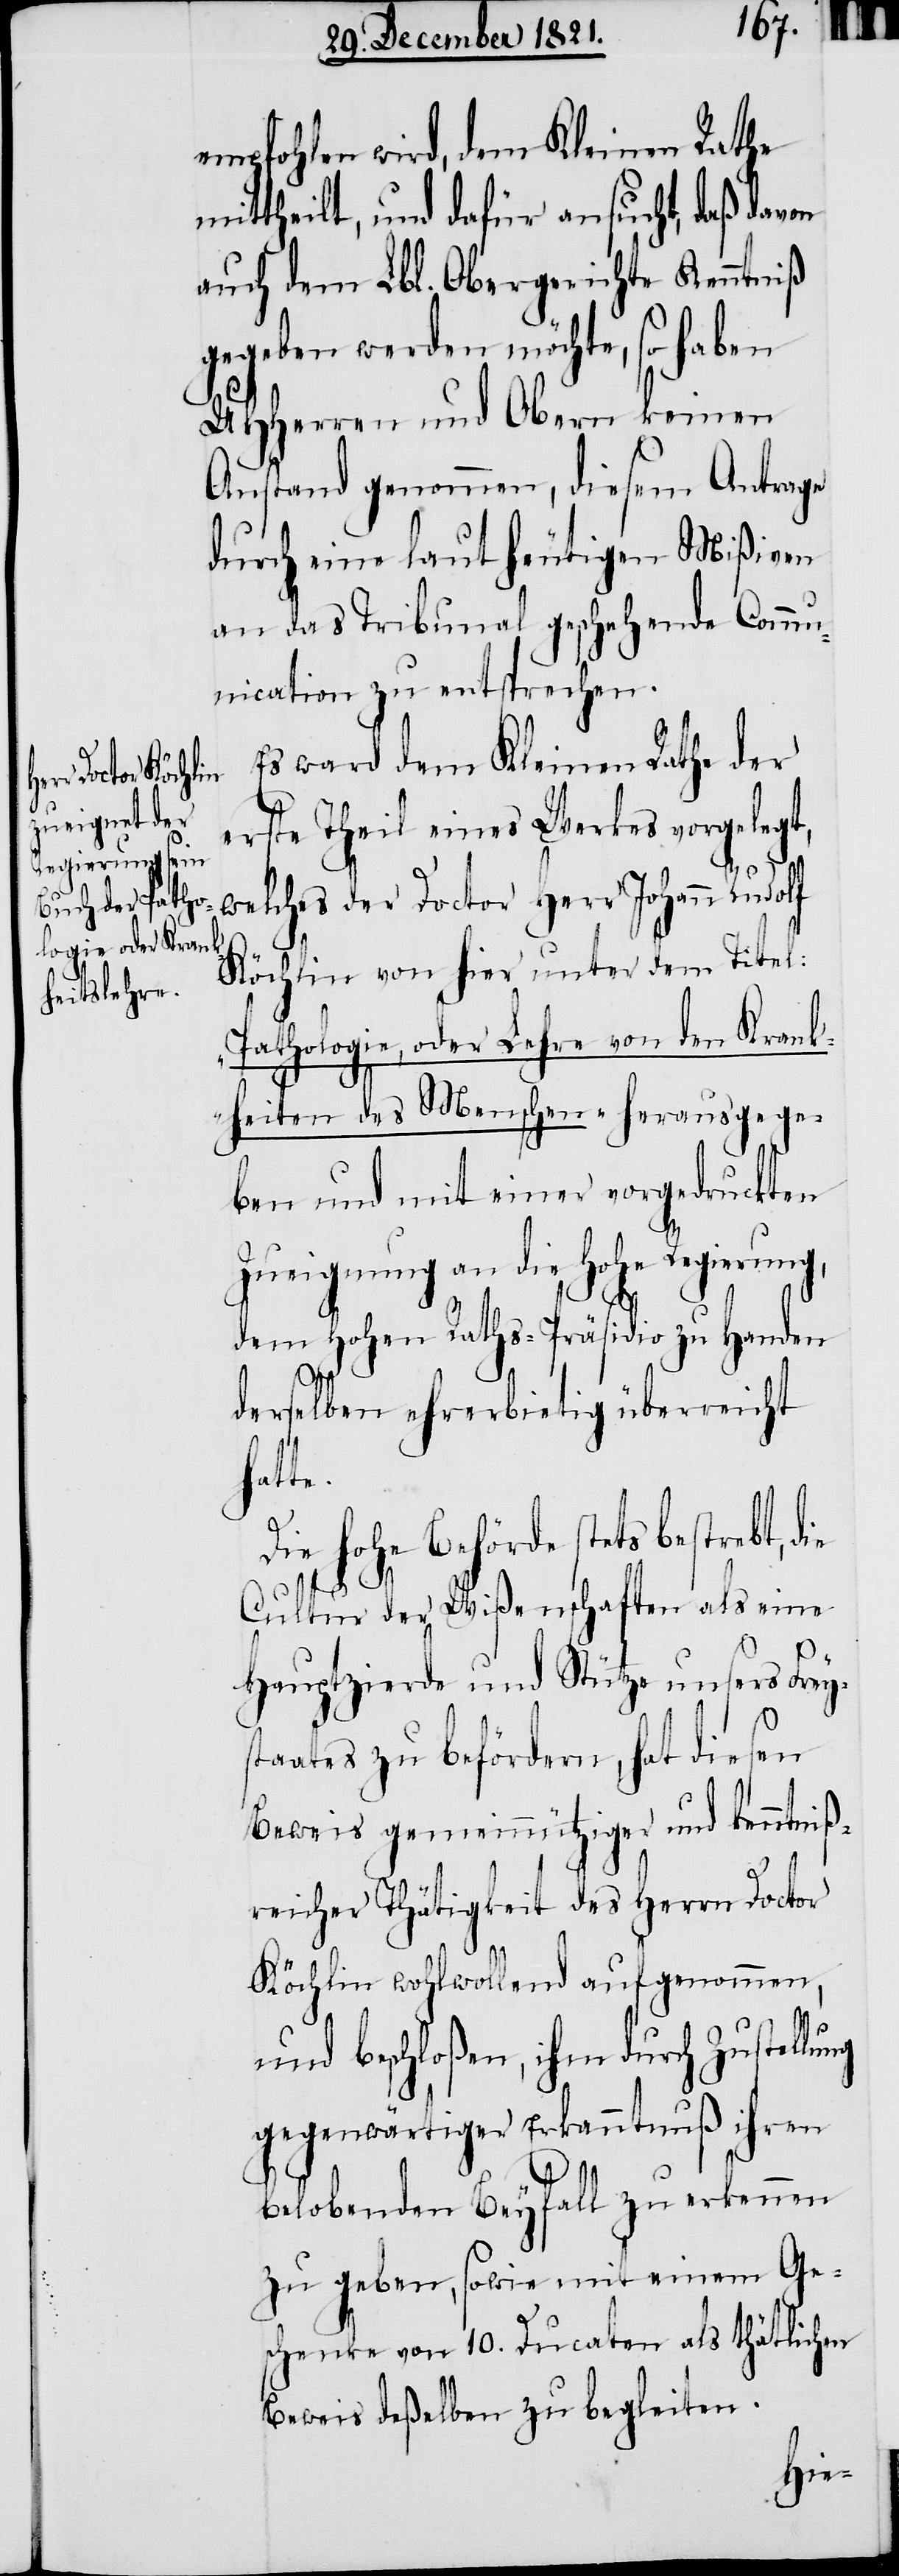
s¬

empfohlen wird, dem Kleinen Rathe
mittheilt, und dafür ansucht, daß davon
auch dem Lbl. Obergerichte Kenntniß
gegeben werden möchte, so haben
UHHerren und Obern keinen
Anstand genommen, diesem Antrage
durch eine laut heutigen Mißiven
an das Tribunal geschehende Comm¬
unication zu entsprechen.
Es ward dem Kleinen Rathe der
erste Theil eines Werkes vorgelegt,
welches der Doctor Herr Johann Rudolf
Köchlin von hier unter dem Titel:
„Pathologie, oder Lehre von den Krank¬
heiten des Menschen“ herausgege¬
ben und mit einer vorgedruckten
Zueignung an die Hohe Regierung,
dem Hohen Raths-Präsidio zu Handen
ng
derselben ehrerbietig überreicht
hatte.
Die hohe Behörde stets bestrebt,
Cultur der Wißenschaften als eine
Hauptzierde und Stütze unsers Frey¬
taates zu befördern, hat diesen
Beweis gemeinnütziger und kenntniß¬
reicher Thätigkeit des Herrn Doctor
Köchlin wohlwollend aufgenommen,
und beschloßen, ihm durch Zustellu¬
gegenwärtiger Erkanntnuß ihren
belobenden Beyfall zu erkennen
zu geben, sowie mit einem Ge¬
schenke von 10. Ducaten als thätlichen
Beweis deßelben zu begleiten.